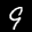
Label: 9